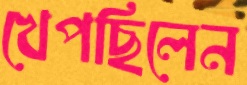
খেপছিলেন